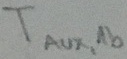
Text: TAUX,1b